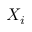
X _ { i }